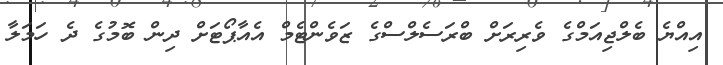
އިއްޔެ ބެލްޖިއަމްގެ ވެރިރަށް ބްރަސެލްސްގެ ޒަވެންޓެމް އެއާޕޯޓަށް ދިން ބޮމުގެ ދެ ހަމަލާ